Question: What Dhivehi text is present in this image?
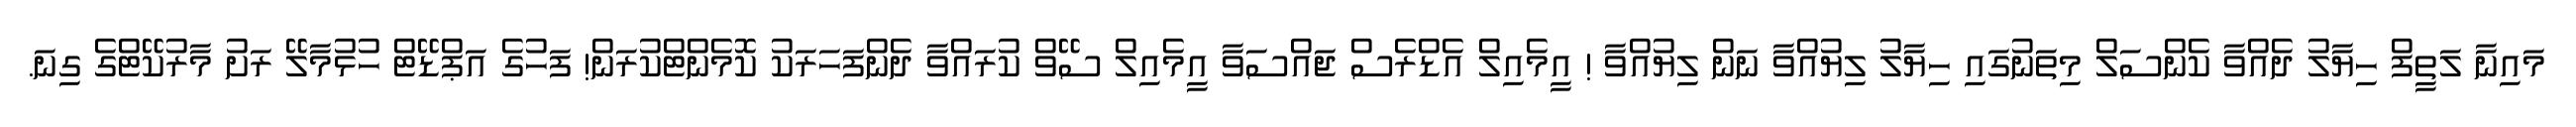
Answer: މައިނާ ލަތީފް ހިޔާލު ދެއްވާ ކެންސަލް މިތަނުގައި ހިޔާލު ލިޔުއްވާ ނަން ލިޔުއްވާ ! އީމެއިލް އެޑްރެސް ޖައްސަވާ އީމެއިލް ސޭވް ކުރައްވާ ދެންފަހަރަކު ކޮމެންޓްކުރަން! ފަހުގެ އަޕްޑޭޓް ހުޅުމާލޭ ރަށު މާރުކޭޓްގެ ގިނަ.